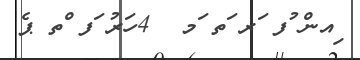
ިއން ުފ ަރ ަތ ަމ  4ހަރު ަފ ްތ ޕެ